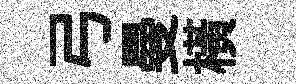
弓曼横